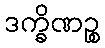
ဒက္ခိဏဉ္စ